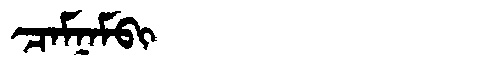
Manchu: ᠴᠠᠮᠨᠠᠮᠪᡳ
Romanization: CAMNAMBI